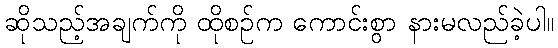
ဆိုသည့်အချက်ကို ထိုစဉ်က ကောင်းစွာ နားမလည်ခဲ့ပါ။